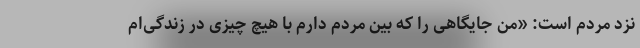
نزد مردم است: «من جایگاهی را که بین مردم دارم با هیچ چیزی در زندگی‌ام